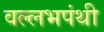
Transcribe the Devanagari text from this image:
वल्लभपंथी